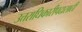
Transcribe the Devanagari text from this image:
उत्तराधिकारीपदासाठी